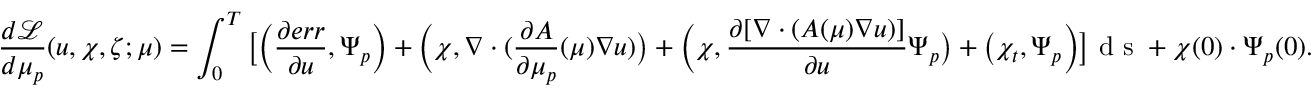
\frac { d \mathcal { L } } { d \mu _ { p } } ( u , \chi , \zeta ; \mu ) = \int _ { 0 } ^ { T } \big [ \Big ( \frac { \partial e r r } { \partial u } , \Psi _ { p } \Big ) + \Big ( \chi , \nabla \cdot ( \frac { \partial A } { \partial \mu _ { p } } ( \mu ) \nabla u ) \big ) + \Big ( \chi , \frac { \partial [ \nabla \cdot ( A ( \mu ) \nabla u ) ] } { \partial u } \Psi _ { p } \big ) + \big ( \chi _ { t } , \Psi _ { p } \Big ) \big ] \textrm { d s } + \chi ( 0 ) \cdot \Psi _ { p } ( 0 ) .